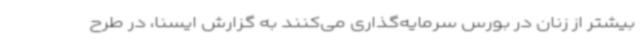
بیشتر از زنان در بورس سرمایه‌گذاری می‌کنند به گزارش ایسنا، در طرح